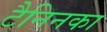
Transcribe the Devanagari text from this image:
टैनिनका